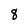
Character: 8